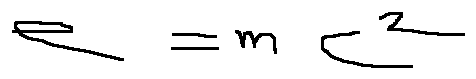
e = m c ^ { 2 }